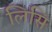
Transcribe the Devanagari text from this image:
लिसि